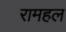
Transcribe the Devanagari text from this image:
रामहल